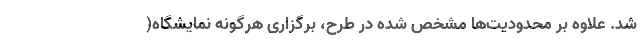
شد. علاوه بر محدودیت‌ها مشخص شده در طرح، برگزاری هرگونه نمایشگاه(